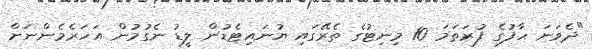
"ދެވަނަ ހާފުގެ ފުރަތަމަ 10 މިނިޓުގެ ތެރޭގައި ޔުނައިޓެޑުން ލީޑު ނެގުމުން އަހަރެމެންނަށް